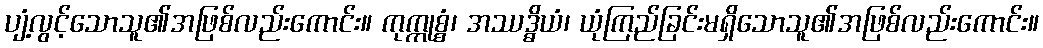
ပျံ့လွင့်သောသူ၏အဖြစ်လည်းကောင်း။ ကုက္ကုစ္စံ၊ အဿဒ္ဓိယံ၊ ယုံကြည်ခြင်းမရှိသောသူ၏အဖြစ်လည်းကောင်း။